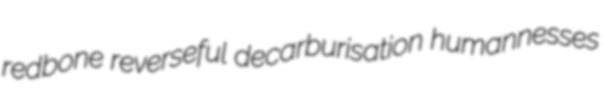
redbone reverseful decarburisation humannesses